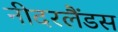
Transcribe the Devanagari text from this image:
नीदरलैंडस